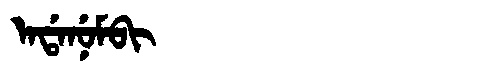
Manchu: ᠠᡩᠠᠨᡠᠮᠪᡳ
Romanization: ADANUMBI